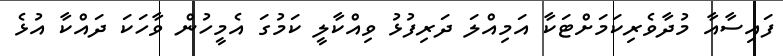
ފައިސާއާ މުދާވެރިކަމަށްޓަކާ އަމިއްލަ ދަރިފުޅު ވިއްކާލީ ކަމުގަ އެމީީހުން ވާހަަކަަ ދައްކާ އުޅެ